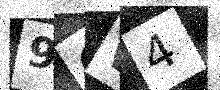
Text: 9OW4